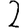
Digit: 2